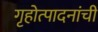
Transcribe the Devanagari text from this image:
गृहोत्पादनांची